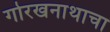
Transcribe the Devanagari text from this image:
गोरखनाथाचा